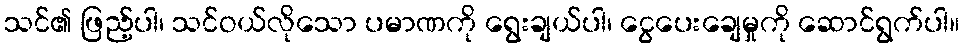
သင်၏ ဖြည့်ပါ၊ သင်ဝယ်လိုသော ပမာဏကို ရွေးချယ်ပါ၊ ငွေပေးချေမှုကို ဆောင်ရွက်ပါ။